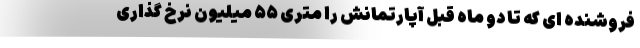
فروشنده ای که تا دو ماه قبل آپارتمانش را متری ۵۵ میلیون نرخ گذاری